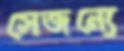
সেজন্যে